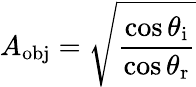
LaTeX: A_{\mathrm{obj}}=\sqrt{\frac{\cos\theta_{\mathrm{i}}}{\cos\theta_{\mathrm{r}}}}